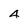
Character: 4